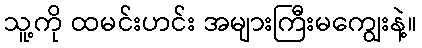
သူ့ကို ထမင်းဟင်း အများကြီးမကျွေးနဲ့။